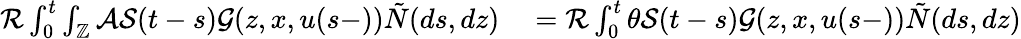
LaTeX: \begin{array}{rl}{\mathcal{R}\int_{0}^{t}\int_{\mathbb{Z}}\mathcal{A}\mathcal{S}(t-s)\mathcal{G}(z,x,u(s-))\tilde{N}(ds,dz)}&{{}=\mathcal{R}\int_{0}^{t}\theta\mathcal{S}(t-s)\mathcal{G}(z,x,u(s-))\tilde{N}(ds,dz)}\end{array}